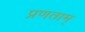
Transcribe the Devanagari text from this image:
प्रणताम्